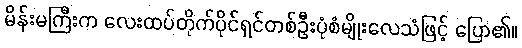
မိန်းမကြီးက လေးထပ်တိုက်ပိုင်ရှင်တစ်ဦးပုံစံမျိုးလေသံဖြင့် ပြော၏။